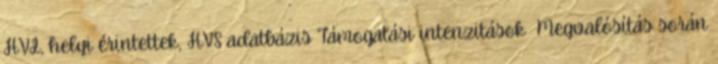
HVI, helyi érintettek, HVS adatbázis Támogatási intenzitások ▪Megvalósítás során